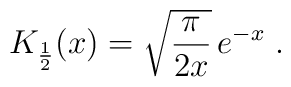
K_{1\over 2}(x)= \sqrt{\frac {\pi} {2x}}\, e^{-x} \; .